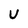
Character: U